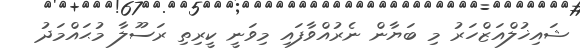
ޝައިޚުލްއަޒްހަރު މި ބަޔާން ނެރުއްވާފައި މިވަނީ ކީރިތި ރަސޫލާ މުޙައްމަދު